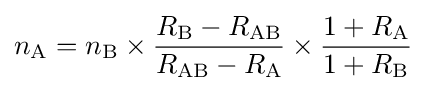
n_{\mathrm {A} }=n_{\mathrm {B} }\times {\frac {R_{\mathrm {B} }-R_{\mathrm {AB} }}{R_{\mathrm {AB} }-R_{\mathrm {A} }}}\times {\frac {1+R_{\mathrm {A} }}{1+R_{\mathrm {B} }}}